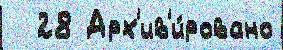
  28 Арх'ив'и́ровано